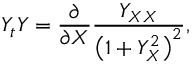
Y _ { t } Y = \frac { \partial } { \partial X } \frac { Y _ { X X } } { \left( 1 + Y _ { X } ^ { 2 } \right) ^ { 2 } } ,